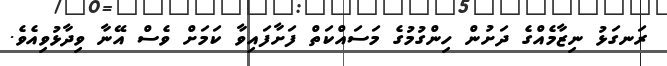
ރަނގަޅު ނިޒާމެއްގެ ދަށުން ހިންގުމުގެ މަސައްކަތް ފަށާފައިވާ ކަމަށް ވެސް އޭނާ ވިދާޅުވިއެވެ.